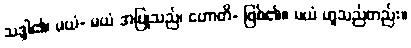
သဒ္ဒါ၏၊ မယံ- မယံ အပြုသည်၊ ဟောတိ- ဖြစ်၏။ မယံ ဟူသည်တည်း။